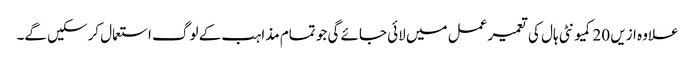
علاوہ ازیں 20کمیونٹی ہال کی تعمیر عمل میں لائی جائے گی جو تمام مذاہب کے لوگ استعمال کرسکیں گے۔